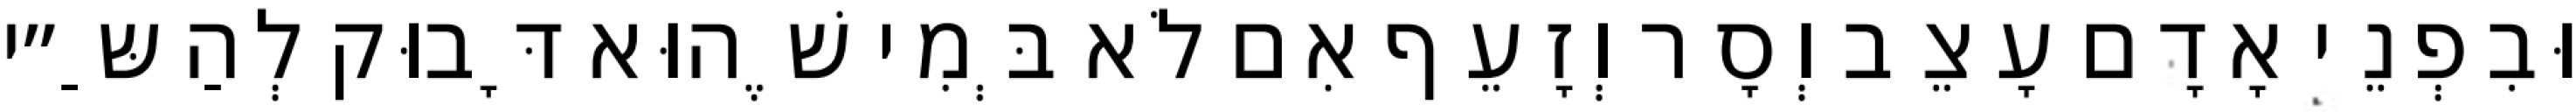
וּבִפְנֵי אָדָם עָצֵב וְסָר וְזָעֵף אִם לֹא בְּמִי שֶׁהוּא דָּבוּק לְהַשַּ״י